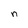
Character: n